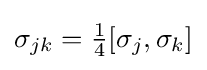
\sigma _{jk}={\tfrac {1}{4}}[\sigma _{j},\sigma _{k}]